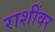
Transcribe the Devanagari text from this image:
राशींवर